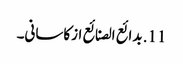
11. بدائع الصنائع ازکاسانی۔